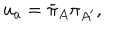
u _ { a } = \bar { \pi } _ { A } \pi _ { A ^ { \prime } } , \hspace { 1 . 5 e m }